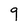
Character: 9